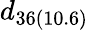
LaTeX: d_{36(10.6)}